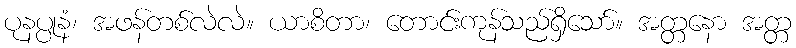
ပုနပ္ပုနံ၊ အဖန်တစ်လဲလဲ။ ယာစိတာ၊ တောင်းကုန်သည်ရှိသော်။ အတ္တနော အတ္တ